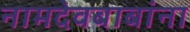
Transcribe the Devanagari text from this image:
नामदेवबाबांना